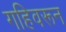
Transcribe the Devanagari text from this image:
गहिवरून